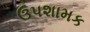
ઉપશામક